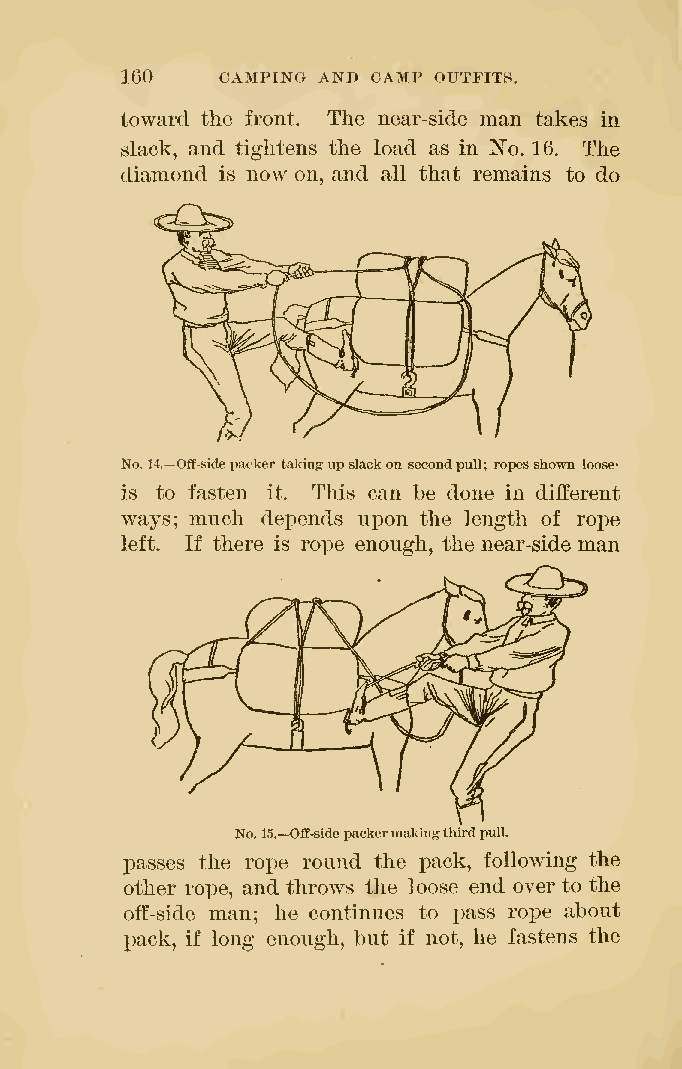
160    CAMPING AND CAMP OUTFITS.
 toward the front. The near-side man takes in
 slack, and tightens the load as in No. 16. The
 diamond is now on, and all that remains to do
 <^^
 No.14.—Oflf-sidepacker takingupslackon secondpull; ropesshown loose-
 is to fasten it. This can be done in different
 ways; much depends upon the length of rox)e
 left. If there is rope enough, the near-side man
 No.15.—Oflf-sidepackermakingthirdpull.
 passes the rope round the pack, following the
 other rope, and throws the loose end over to the
 off-side man; he continues to i)ass rope about
 pack, if long enough, but if not, he fastens the